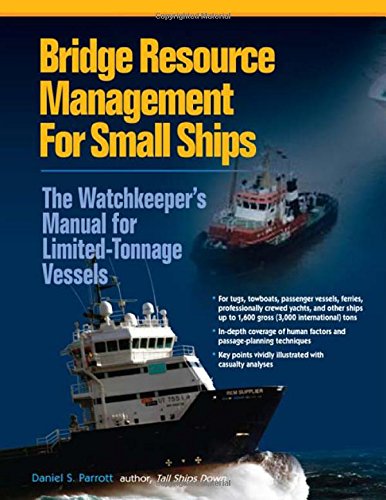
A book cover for Bridge Resource Management for Small Ships: The Watchkeeper's Manual for Limited-Tonnage Vessels; Daniel Parrott; Engineering & Transportation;